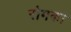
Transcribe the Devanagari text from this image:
रोगका